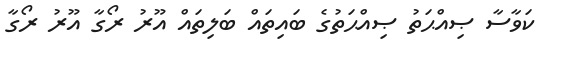
ކަވާސާ ޞިއްޙަތު ޞިއްޙަތުގެ ބައިތައް ބަލިތައް އޫރު ރޯގާ އޫރު ރޯގާ